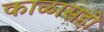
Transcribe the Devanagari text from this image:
काळासही